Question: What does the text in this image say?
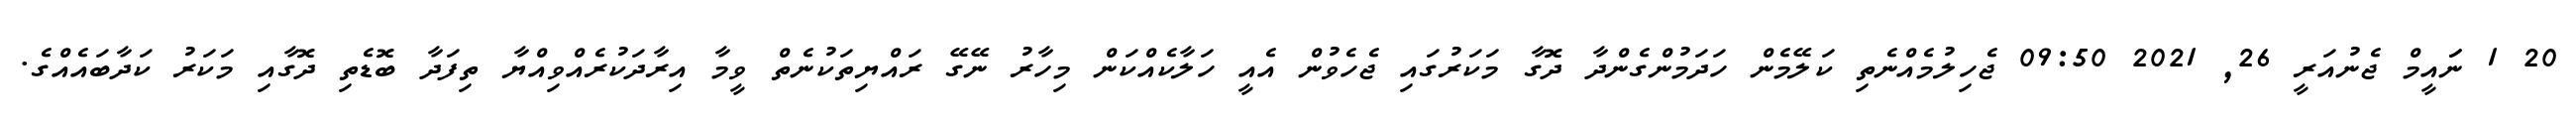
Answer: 20 1 ނަައީމް ޖެނުއަރީ 26, 2021 09:50 ޖެހިލުމެއްނެތި ކަލޭމެން ހަދަމުންގެންދާ ދޮގާ މަކަރުގައި ޖެހެވުން އެއީ ހަލާކެއްކަން މިހާރު ނޭގޭ ރައްޔިތަކުނެތް ވީމާ އިރާދަކުރެއްވިއްޔާ ތިފަދާ ބޮޑެތި ދޮގާއި މަކަރު ކަދާބައެއްގެ.